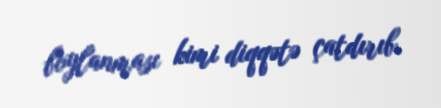
boylanması kimi diqqətə çatdırıb.